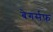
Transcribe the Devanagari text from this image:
बेगर्सफ़